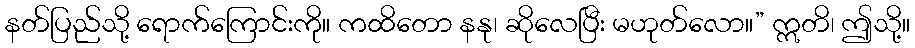
နတ်ပြည်သို့ ရောက်ကြောင်းကို။ ကထိတော နနု၊ ဆိုလေပြီး မဟုတ်လော။” ဣတိ၊ ဤသို့။